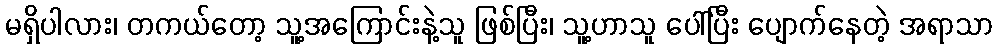
မရှိပါလား၊ တကယ်တော့ သူ့အကြောင်းနဲ့သူ ဖြစ်ပြီး၊ သူ့ဟာသူ ပေါ်ပြီး ပျောက်နေတဲ့ အရာသာ